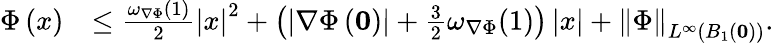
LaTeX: \begin{array}{rl}{\Phi\left(x\right)}&{\le\frac{\omega_{\nabla\Phi}(1)}{2}\left|x\right|^{2}+\left(\left|\nabla\Phi\left(\mathbf{0}\right)\right|+\frac{3}{2}\omega_{\nabla\Phi}(1)\right)\left|x\right|+\left\| \Phi\right\| _{L^{\infty}\left(B_{1}\left(\mathbf{0}\right)\right)}.}\end{array}